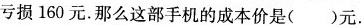
亏损160元.那么这部手机的成本价是( )元.